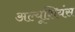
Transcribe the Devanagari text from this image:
अल्यूशियंस